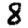
Digit: 8